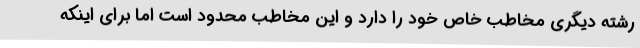
رشته دیگری مخاطب خاص خود را دارد و این مخاطب محدود است اما برای اینکه